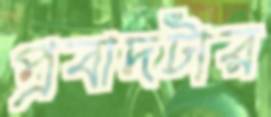
প্রবাদটার